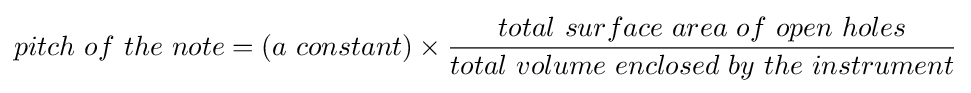
pitch\ of\ the\ note=(a\ constant)\times {\frac {total\ surface\ area\ of\ open\ holes}{total\ volume\ enclosed\ by\ the\ instrument}}